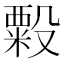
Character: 𬖫